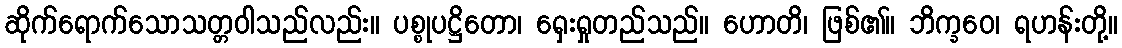
ဆိုက်ရောက်သောသတ္တဝါသည်လည်း။ ပစ္စုပဋ္ဌိတော၊ ရှေးရှုတည်သည်။ ဟောတိ၊ ဖြစ်၏။ ဘိက္ခဝေ၊ ရဟန်းတို့။